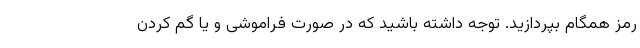
رمز همگام بپردازید. توجه داشته باشید که در صورت فراموشی و یا گم کردن